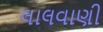
લાલવાણી